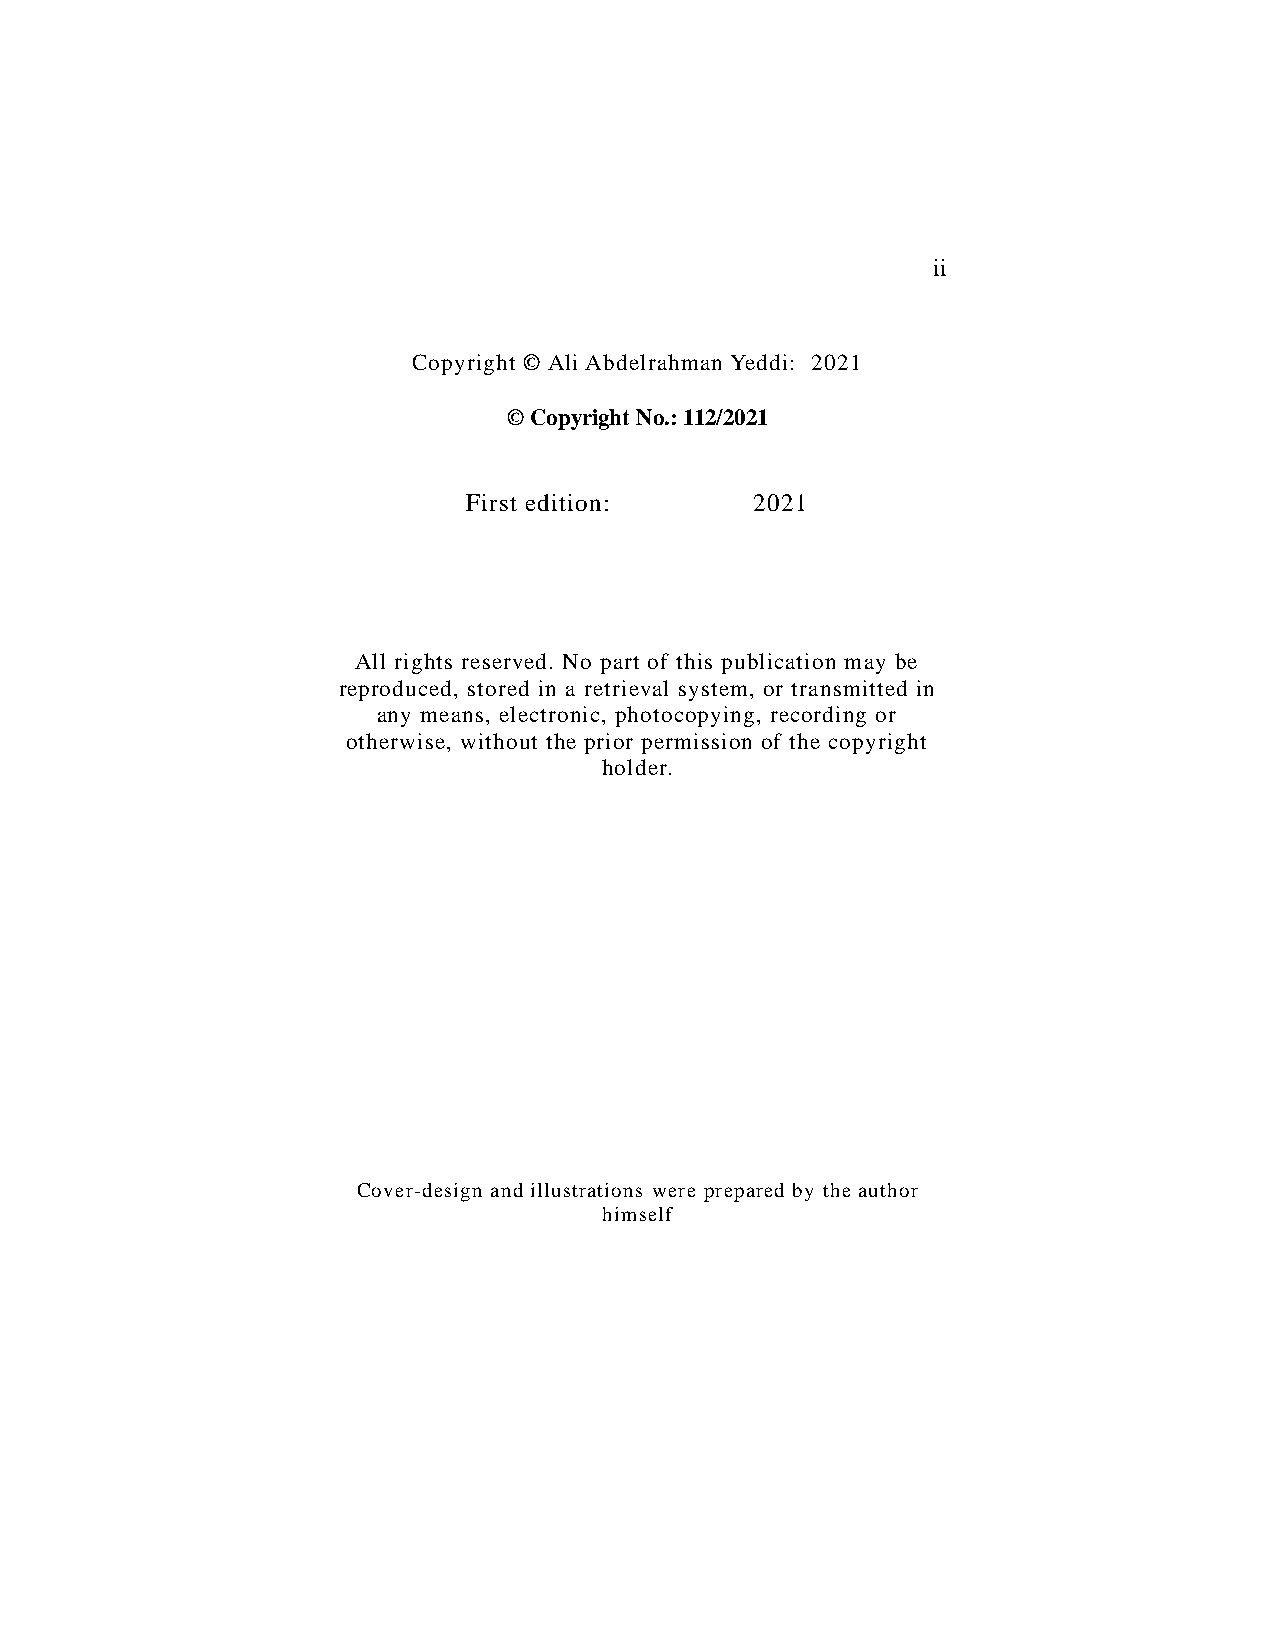
ii
 Copyright © Ali Abdelrahman Yeddi: 2021
 © Copyright No.: 112/2021
 First edition:     2021
 All rights reserved. No part of this publication may be
 reproduced, stored in a retrieval system, or transmitted in
 any means, electronic, photocopying, recording or
 otherwise, without the prior permission of the copyright
 holder.
 Cover-design and illustrations were prepared by the author
 himself